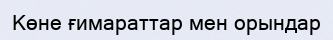
Көне ғимараттар мен орындар